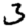
Digit: 3